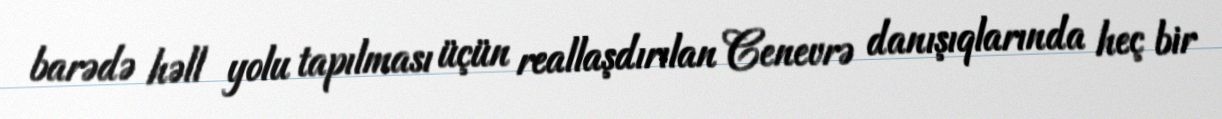
barədə həll yolu tapılması üçün reallaşdırılan Cenevrə danışıqlarında heç bir